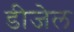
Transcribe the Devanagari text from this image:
डीजेल